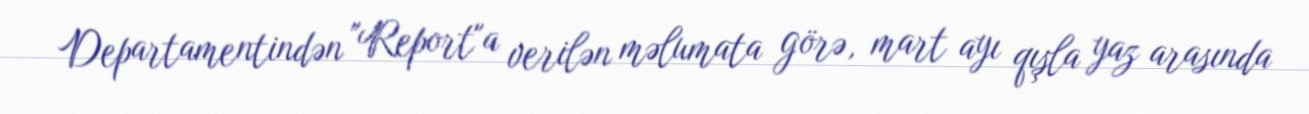
Departamentindən "Report"a verilən məlumata görə, mart ayı qışla yaz arasında